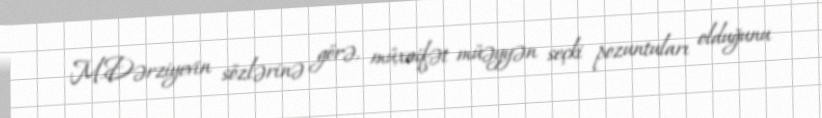
M.Dərziyevin sözlərinə görə, müxaifət müəyyən seçki pozuntuları olduğunu